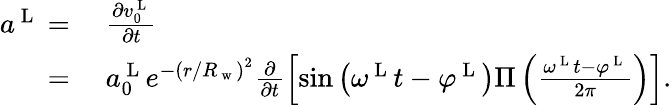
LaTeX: \begin{array}{rl}{a^{\mathrm{~L~}}={}}&{{}\frac{\partial v_{0}^{\mathrm{~L~}}}{\partial t}}\\ {={}}&{{}a_{0}^{\mathrm{~L~}}e^{-{({r/R_{\mathrm{~w~}}})}^{2}}\frac{\partial}{\partial t}\left\lbrack{\sin\left({\omega^{\mathrm{~L~}}t-\varphi^{\mathrm{~L~}}}\right)}\Pi\left(\frac{\omega^{\mathrm{~L~}}t-\varphi^{\mathrm{~L~}}}{2\pi}\right)\right\rbrack.}\end{array}